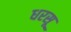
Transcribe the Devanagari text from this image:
धरसू